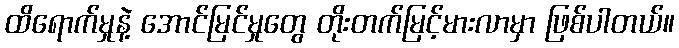
ထိရောက်မှုနဲ့ အောင်မြင်မှုတွေ တိုးတက်မြင့်မားလာမှာ ဖြစ်ပါတယ်။